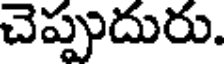
చెప్పుదురు.